Vital statistics of India. Vol. VI, European troops 1870-79
Year: 1870
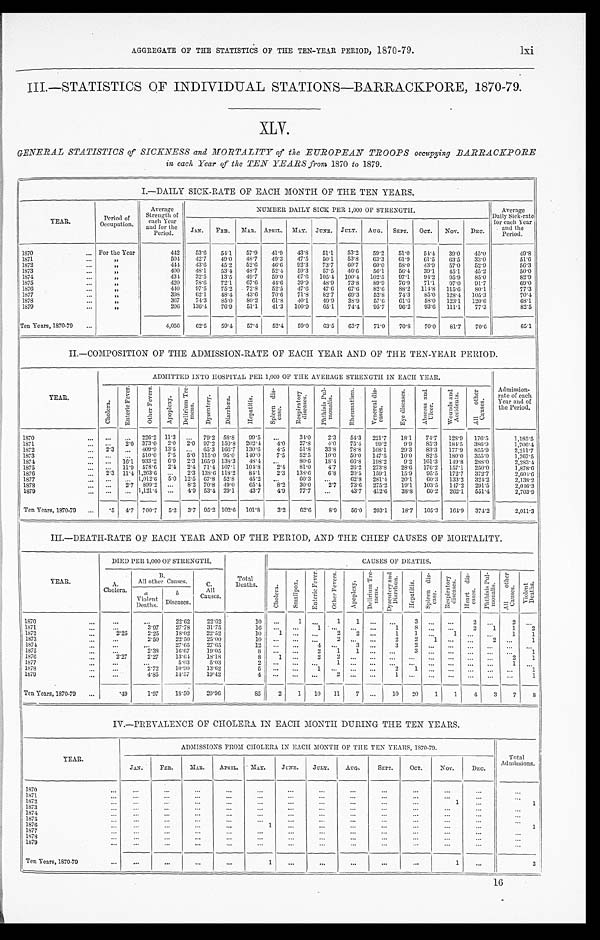
AGGREGATE OF THE STATISTICS OF THE TEN-YEAR PERIOD, 1870-79.
l x i
III.—STATISTICS OF INDIVIDUAL STATIONS—BARRACKPORE, 1870-79.
XLV.
GENERAL STATISTICS of SICKNESS and MORTALITY of the EUROPEAN TROOPS occupying BARRACKPORE
in each, Year of the TEN YEARS from 1870 to 1879.
I.—DAILY SICK-RATE OF EACH MONTH OF THE TEN YEARS.
YEAR.
Period of
Occupation.
Average
Strength of
each Year
and for the
Period.
NUMBER DAILY SICK PER 1,000 OF STRENGTH.
Average
Daily Sick-rate
for each Year
and the
Period.
J AN.
FEB. MAR.
APRIL. MAY. JUNE. JULY. AUG. SEPT. OCT. NOV.
DEC.
1870
... For the Year
442
53.6 54.1
57.9 41.9 43. 8
51.1 53.2
59.2 51.0 5 4 . 4
39. 0
45.0
49.8
1 8 7 1
...
„
504
42.7 49. 0
48.7 49.3 47.5 50.1 53.8
63.3 61.9 61.5 63.5
33.0
51.6
1872
. . .
„
4 4 4
43. 6
45.2 52.6 46.6 92.3 73.7 60.7
60.0 58.0 43. 9
57.0
52.9
56.3
1873
. . .
„
400
48.1
53.4 48.7
52.4 59.3
57.5 46.6
56.1
5 6 . 4
39.1
4 5 . 1
45.2
50.0
1874
. . .
„
434
32.5
13.5 49.7
59.0
67.6 105.4 100.4 102.5
97.1 94.2 95.9
85.0
82.9
1875
...
„
420
78. 6
72.1
67.6 44.6 3 9 . 9
48.9 73. 8
89.9 76.9 71.1 97.0 91.7
69.0
1876
...
„
440
97.5 75.2 72.8
52.5 47.6 47.6 67. 6
82.6 88.2 114.8 115.6
8 0 . 1
77.3
1877
. . .
„
398
62.1
48.4 43.6 70. 6
71.8 82.7 69.3
52.8 74.3 85.0 128.4 105.3
70.4
1878
...
„
367
74.3 85.0 80.2 61. 8
40.1 49.9 38.9
57. 6
61.6 58.0 123.1 120.6
68.1
1 8 7 9
...
„
206
136.4 76. 9
51.1 41.3 100.9 65.1 74. 4
95.7 96.2
9 3 . 6 111.1 77.3
82.5
Ten Years, 1870-79 ...
4,056
62.5
5 9 . 4
57.4 52.4 59. 0
63.5 63.7 71.0 70. 8
70.0 81.7
70.6
65.1
II.—COMPOSITION OF THE ADMISSION-RATE OF EACH YEAR AND OF THE TEN-YEAR PERIOD.
YEAR.
ADMITTED INTO HOSPITAL PER 1,000 OF THE AVERAGE STRENGTH IN EACH YEAR.
Admission-
rate of each
Year and of
the Period.
C h o l e r a .
E n t e r i c F e v e r .
O t h e r F e v e r s .
A p o p l e x y . D e l i r i u m T r e -
m e n s .
D y s e n t e r y . D i a r r h œ a .
H e p a t i t i s .
S p l e e n d i s -
e a s e .
R e s p i r a t o r y
d i s e a s e s .
P h t h i s i s P u l -
m o n a l i s .
R h e u m a t i s m .
V e n e r e a l d i s -
e a s e s .
E y e d i s e a s e s .
A b s c e s s a n d
U l c e r .
W o u n d s a n d
A c c i d e n t s .
A l l o t h e r
C a u s e s .
1870
...
. . .
... 226.2 11.3 ... 79.2 58. 8
99.5 ...
34.0
2.3 54.3 221.7 18.1 74.7 128.9 176.5
1,185.5
1871
. . . . . .
2 . 0 373.0 2. 0
2. 0 97.2 150.8 202.4
4. 0
27.8
4. 0
75.4 99.2
9 . 9
8 5 . 3 184. 5
386.9
1,706.4
1872
... 2.3 ... 409.9 13.5 ... 65.3 166.7 130.6
4.5
51. 8
33.8 78.8 108.1 29.3 83.3 177.9 855.9
2,211.7
1873
. . .
... ... 5 1 0 . 0
7.5 5.0 115.0 95.0 140.0
7.5
52.5
10.0 50. 0
147.5 10.0 82.5 180.0 355.0
1,767.5
1874
... . . . 16.1 933.2 6.9 2.3 165.9 138.3 48.4 ...
80.6 18.4 66.8 198.2
9.2 161.3 149.8 288.0
2, 283. 4
1875
. . .
. . . 11.9 578.6 2. 4
2.4 71.4 107.1 104.8
2.4
8 1 . 0 4.7 26.2 273.8 28. 6
176.2 157.1 250.0
1,878.6
1876
. . .
2.3 11.4 1, 263. 6
...
2.3 138.6 118.2 84.1
2.3 138. 6
6.8 20.5 159.1
15.9 95.5 172.7 372.7
2,604.6
1877
... ... ... 1,012.6 5.0 12.5 67.8 52.8
45.2 ...
60.3 ...
62.8 281. 4
20.1 60.3 133.2
324. 2
2,138.2
1878
...
...
2. 7 899.2 ...
8.2 70.8 49. 0
65.4
8.2
30.0
2. 7
73.6 275.2 19.1 103.5 1 4 7 . 2
291.5
2, 046. 3
1879
. . . . . .
. . .
1,121.4 ... 4. 9 53.4 29.1
43.7
4. 9
77.7 ...
43.7 412.6 38.8 60.2 262.1 551.4
2,703.9
Ten Years, 1870-79
... .5 4.7 700.7 5.2 3.7 95.2 102.6 101.8
3.2
62.6
8. 9
56.0 203.1
18.7 105.3 164.9 374.2
2,011.3
III.—DEATH-RATE OF EACH YEAR AND OF THE PERIOD, AND THE CHIEF CAUSES OF MORTALITY.
YEAR.
DIED PER 1,000 OF STRENGTH.
Total
Deaths.
CAUSES OF DEATHS.
A.
Cholera.
B .
All other Causes.
C .
All
Causes.
C h o l e r a .
S m a l l p o x . E n t e r i c F e v e r .
O t h e r F e v e r s .
A p o p l e x y .
D e l i r i u m T r e -
m e n s .
D y s e n t e r y a n d
D i a r r h œ a .
H e p a t i t i s . S p l e e n d i s -
e a s e .
R e s p i r a t o r y
d i s e a s e s . H e a r t d i s -
e a s e s .
P h t h i s i s P u l -
m o n a l i s .
A l l o t h e r
C a u s e s .
V i o l e n t
D e a t h s .
aViolent
Deaths.
b
Diseases.
1870
. . .
...
...
22.62
22.62
10 ...
1 ...
1
1
. . .
. . .
3 . . .
. . .
2
. . .
2 . . .
1871
...
. . .
3.97
27.78
31.75
16 . . .
. . . 1 . . .
. . .
. . .
1
8. . .
. . .
2
1
1
2
1872
. . .
2.25
2.25
18.02
22.52
10
1 . . .
...
2
2 ...
1
1 ... 1
. . . . . .
1
1
1873
...
...
2.50
22.50
25.00
1 0
. . .
. . .
. . .
2 ... ...
2
2 1
. . .
. . . 2
. . .
1
1874
. . .
...
...
27.65
27.65
12 ... ...
4 ...
3 ...
3
2 . . .
. . .
. . . . . .
. . .
. . .
1875
. . .
...
2.38
16.67
19.05
8 . . .
. . .
2
1
1 . . .
. . .
3 . . .
. . .
. . . . . .
. . .
1
1876
. . .
2.27
2.27
1 3 . 6 4
18.18
8
1 ...
2 2
. . .
. . .
. . .
. . . . . .
. . .
. . . . . .
2
1
1877
... . . .
...
5.03
5 . 0 3
2
. . .
. . .
. . . 1
. . .
. . .
. . .
. . . . . .
. . .
. . . . . .
1 ...
1878
. . . . . .
2.72
10.90
13.62
5
. . .
. . .
1 . . .
. . .
. . .
2
1 ... ... ...
... ...
1
1879
...
...
4.85
14.57
19.42
4
. . .
. . .
. . . 2
. . .
. . .
1 ... ... ... ...
... ...
1
Ten Years, 1870-79 ...
. 4 9
1.97
18.50
20.96
85
2
1 10 11
7 ...
10 20
1
1
4
3
7
8
IV.—PREVALENCE OF CHOLERA IN EACH MONTH DURING THE TEN YEARS.
Y E A R .
ADMISSIONS FROM CHOLERA IN EACH MONTH OF THE TEN YEARS, 1870-79.
Total
Admissions.
JAN.
FEB.
MAR.
APRIL. MAY.
JUNE. J U L Y .
AUG.
SEPT.
OCT.
NOV.
DEC.
1870
. . .
...
...
...
...
...
...
...
...
...
...
...
. . .
. . .
1871
. . . ...
. . .
. . .
...
. . .
...
. . .
...
. . .
...
. . .
. . .
...
1872
. . .
. . .
. . .
... . . .
...
. . .
. . .
... . . .
...
1
...
1
1873
...
. . . . . .
...
...
...
...
. . .
... . . .
...
...
...
...
1874
. . .
. . .
. . .
...
...
...
...
...
...
...
...
...
. . .
...
1875
. . .
. . .
. . . . . .
. . .
. . . . . .
. . .
...
...
...
. . .
. . .
. . .
1876
. . .
. . .
. . .
. . .
. . .
1 . . .
...
. . .
...
. . .
. . .
. . .
1
1877
...
...
. . .
... . . .
. . . . . .
. . .
...
. . .
...
. . .
. . . . . .
1878
. . .
. . .
. . . . . .
. . .
. . . . . .
. . .
...
. . .
...
. . .
. . .
. . .
1879
...
...
. . .
...
... . . .
...
. . .
... . . .
. . .
...
...
...
Ten Years, 1870-79
...
...
...
...
...
1
...
. . .
...
...
...
1
...
2
16